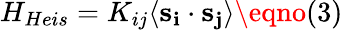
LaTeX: H_{Heis}=K_{ij}\langle\mathbf{s_{i}}\cdot\mathbf{s_{j}}\rangle\eqno(3)